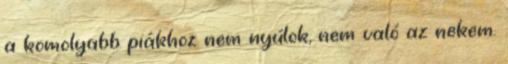
a komolyabb piákhoz nem nyúlok, nem való az nekem.